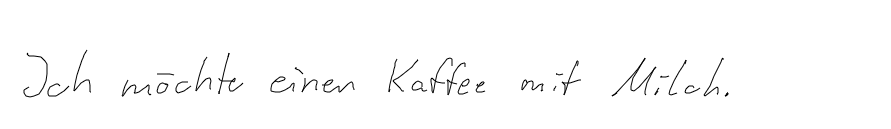
Ich möchte einen Kaffee mit Milch.